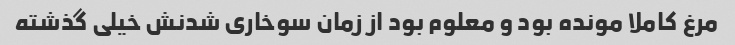
مرغ کاملا مونده بود و معلوم بود از زمان سوخاری شدنش خیلی گذشته